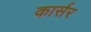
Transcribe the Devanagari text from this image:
कार्सर